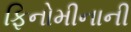
ફિનોમીનાની